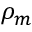
\rho _ { m }